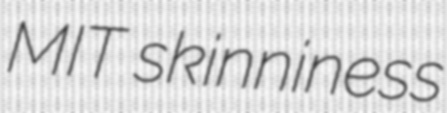
MIT skinniness